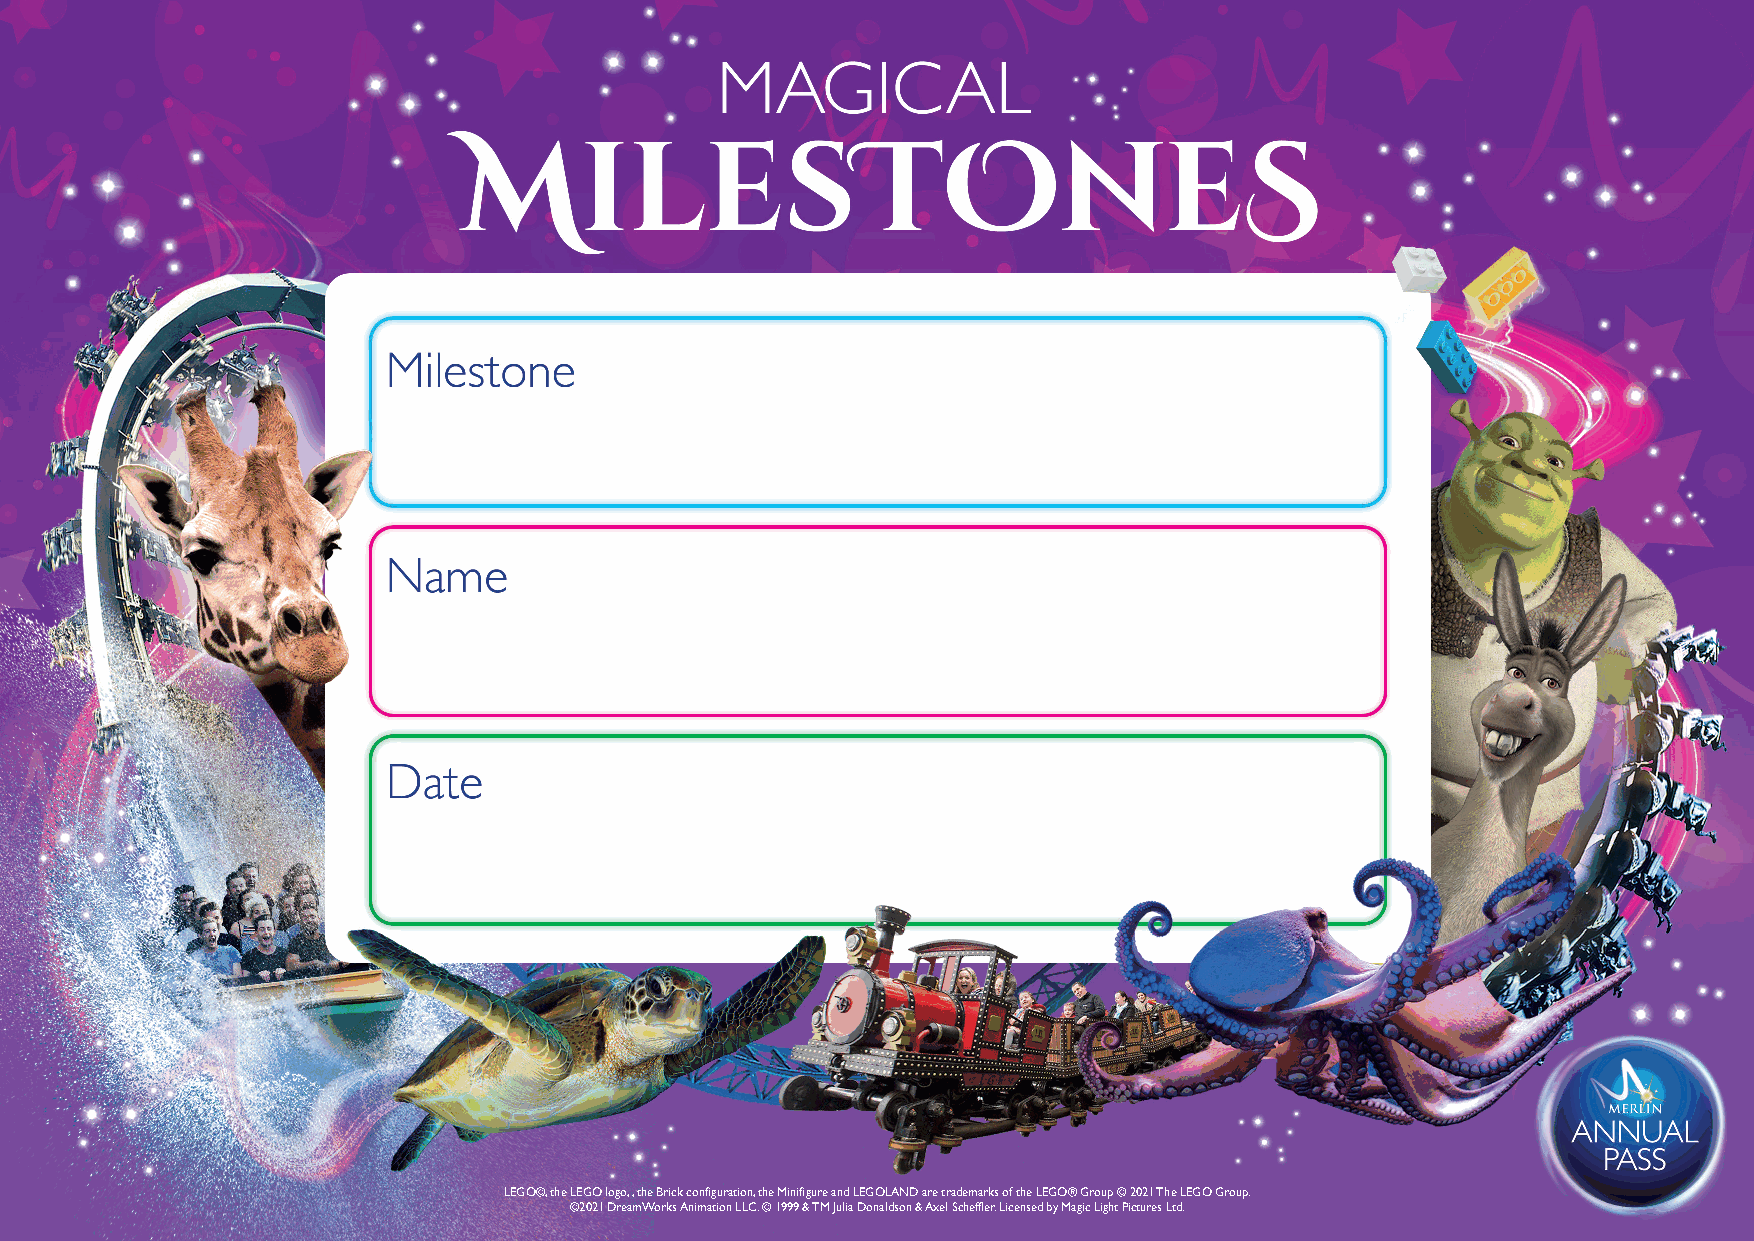
LEGO©, the LEGO logo, , the Brick configuration, the Minifigure and LEGOLAND are trademarks of the LEGO® Group © 2021 The LEGO Group.
 ©2021 DreamWorks Animation LLC. © 1999 & TM Julia Donaldson & Axel Scheffler. Licensed by Magic Light Pictures Ltd.